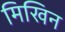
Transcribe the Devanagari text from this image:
मिखिन